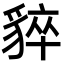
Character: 𧳚